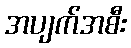
အပျက်အစီး